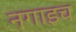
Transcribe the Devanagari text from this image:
नगाइच